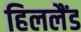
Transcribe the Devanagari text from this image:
हिललैंड